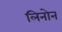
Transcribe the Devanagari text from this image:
लिनोन